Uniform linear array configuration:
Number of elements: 8
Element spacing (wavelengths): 0.75
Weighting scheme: blackman
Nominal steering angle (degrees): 15
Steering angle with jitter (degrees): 16.354
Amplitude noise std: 0.05
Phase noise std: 0.05

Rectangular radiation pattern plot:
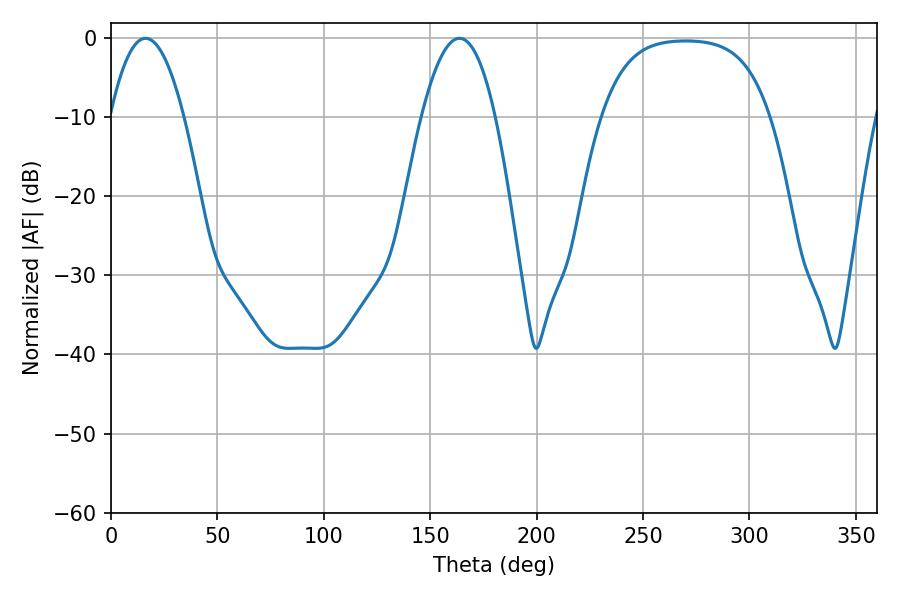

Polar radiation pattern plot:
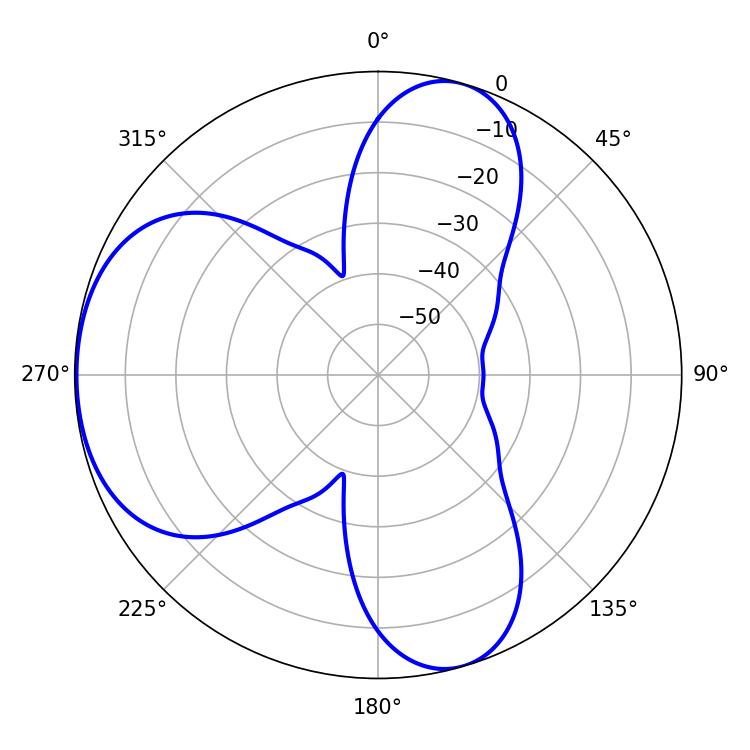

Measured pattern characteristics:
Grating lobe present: TRUE
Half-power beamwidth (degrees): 19.08
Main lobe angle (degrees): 16.2